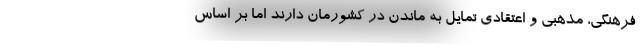
فرهنگی، مذهبی و اعتقادی تمایل به ماندن در کشورمان دارند اما بر اساس